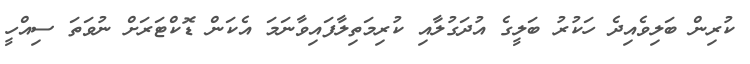
ކުރިން ބަލިވެއިދެ ހަކުރު ބަލީގެ އުދަގުލާއި ކުރިމަތިލާފައިވާނަމަ އެކަން ޑޮކްޓަރަށް ނުވަތަ ސިއްހީ